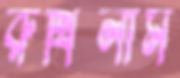
রুখিলাম